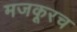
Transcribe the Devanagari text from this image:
मजकूरच